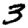
Digit: 3